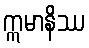
ဣမာနိဿ